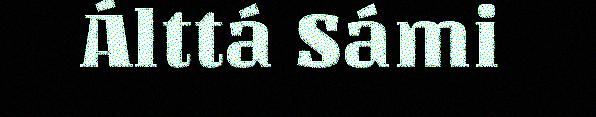
Álttá Sámi